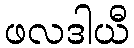
ဖလဒါယီ